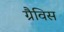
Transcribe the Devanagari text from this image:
ग्रैविस